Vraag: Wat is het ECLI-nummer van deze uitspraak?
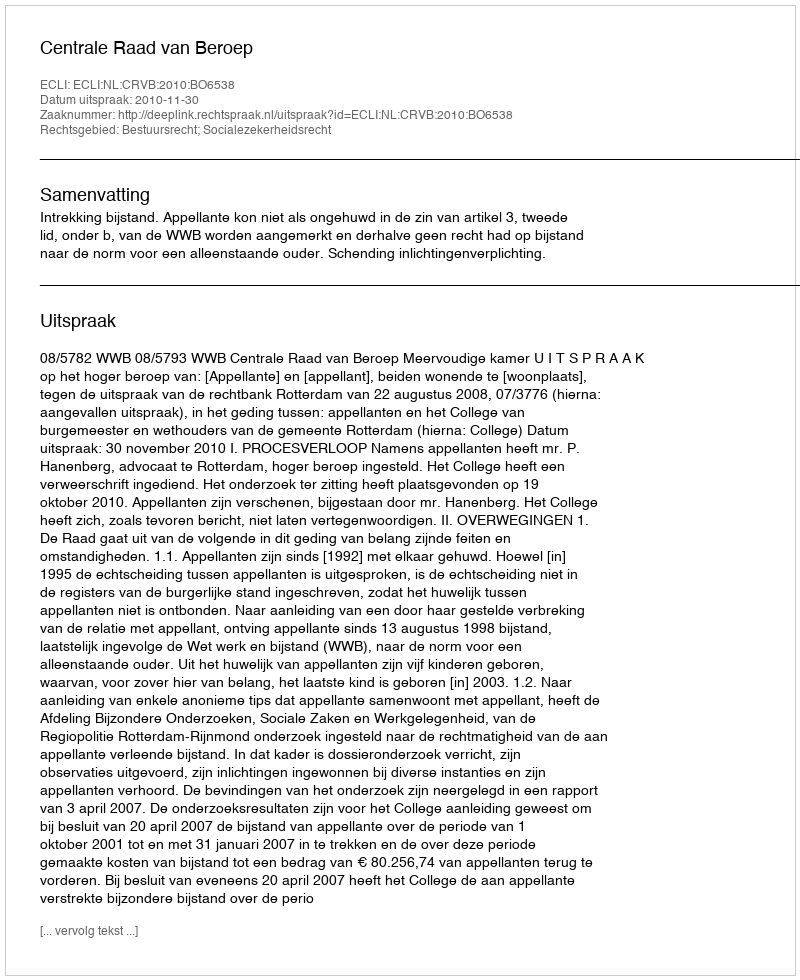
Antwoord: ECLI:NL:CRVB:2010:BO6538